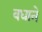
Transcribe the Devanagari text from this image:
वधाने